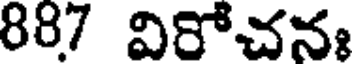
887 విరోచనః